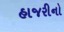
હાજરીનો